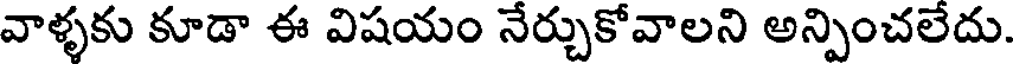
వాళ్ళకు కూడా ఈ విషయం నేర్చుకోవాలని అన్పించలేదు.